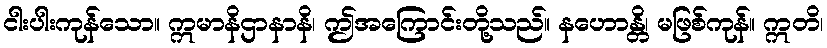
ငါးပါးကုန်သော။ ဣမာနိဌာနာနိ၊ ဤအကြောင်းတို့သည်။ နဟောန္တိ၊ မဖြစ်ကုန်။ ဣတိ၊